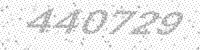
Solution: 440729